King Institute of Preventive Medicine Micro-Biological Section reports 1909-11
Year: 1909
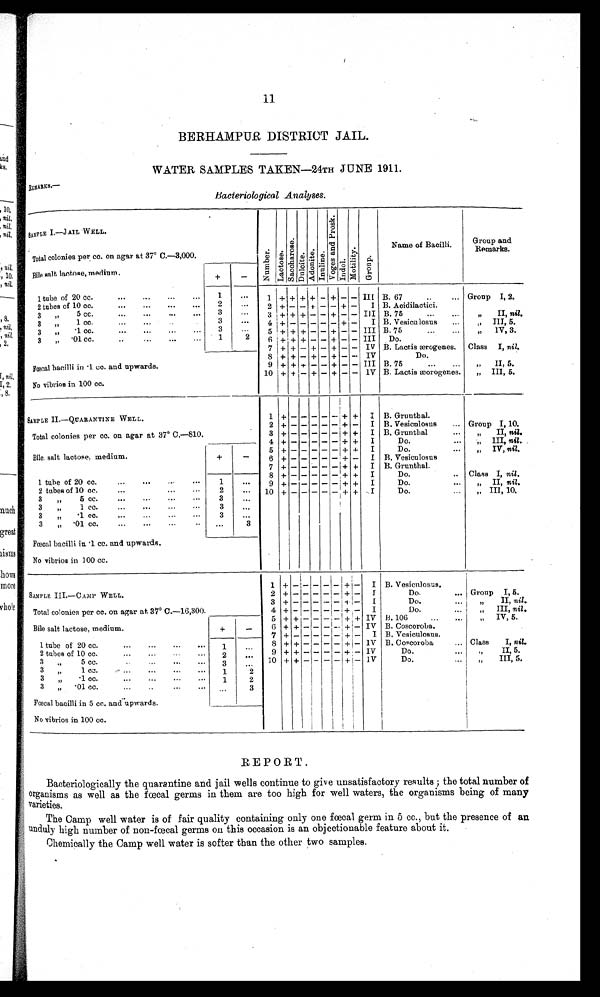
11
BERHAMPUR DISTRICT JAIL.
WATER SAMPLES TAKEN—24TH JUNE 1911.
REMARKS.—
Bacteriological Analyses.
SAMPLE I.—JAIL WELL.
Nu mb e r .
L a c t o a e .
S a c c h a r o s e .
Dul oi t e . Ad o n i t e . I nul i n.
V o g a a n d P r o s k .
I ndol .
Mo d a l i t y .
Gr o u p .
Name of Bacilli.
Group and
Remarks .
Total colonies per cc. on agar at 37° C.—3,000.
Bile salt lactose, medium.
+
-
1 tube of 20 cc.
...
...
...
...
1
. . .
1 + + + + - + - - III B. 67
... Group I, 2.
2 tubes of 10 cc.
...
...
...
...
2
.
2 + -
- + - - + - I B. Acidilactici.
3 „
5 cc.
...
...
...
3
. . .
3 + + + - - + - - III B. 75
... ...
„
II, nil.
3 „ 1 cc.
. . .
...
3
. . .
4 + -
- - - - + - I B. Vesiculosus
...
„
III, 5.
3 „
.1 cc. ... ... ... ...
3
...
5 + + + - - + - - III B. 75
... ...
„
1V, 3.
3 „ .01 cc. .. ... ... ...
1
2
6 ++ + - - + - - III Do.
7 + + - + - + - - IV B. Lactis ærogenes. Class I, nil.
Fœcal bacilli in .1 cc. and upwards.
8 ++ - + - + - - IV
Do.
9 ++ + - - + - - III B. 75
... ...
„
II, 5.
No vibrios in 100 cc.
1 0 + + - + - + - - IV B. Lactis æorogenes.
„ III, 5.
SAMPLE II—QUARANTINE WELL.
1 +
-
- - - - + + I B. Grunthal.
2 + - - - - - + - I B. Vesiculosus
...
Group I, 10.
Total colonies per cc. on agar at 37° C.—810.
3 + - - - - - + + I B. Grunthal
...
„
II, nil.
4 + - - - - - + + I
Do.
...
„
III, nil.
Bile salt lactose, medium.
+
-
5 + - - - - - + + I
Do.
...
„
IV, nil.
6 + - - - - - + - I B. Vesiculosus
1 tube of 20 cc.
...
...
.. ...
1
...
7 + - - - - - + + I B. Grunthal.
8 + - - - - - + +
I
Do.
.. Class I, nil.
9 + - - - - - + +
I
Do.
...
„
II, nil.
2 tubes of 10 cc.
...
...
. ..
2
. . .
1 0 + - - - - - + + I
Do.
...
„
III, 10.
3
„
5 cc. ... ... ... ...
3
...
3
„
1 cc.
...
...
3
...
3
„
. 1 cc. ... ...
3
. . .
3
„ .01 cc. ... ... ... ..
...
3
Fœcal bacilli in .1 cc. and upwards.
No vibrios in 100 cc.
SAMPLE III.—CAMP WELL.
1
+ - -
- - -
+ -
I B. Vesiculosus.
2
+ - -
- - -
+ -
I
Do.
... Group I, 5.
Total colonies per cc. on agar at 37° C.—16,300.
3
+ - -
- - - + -
I
Do.
...
„
II, nil..
4
+ - -
- - -
+ -
I
Do.
...
„
III, nil.
Bile salt lactose, medium.
+
-
5
+ + -
- - -
+ + IV B. 106
...
„
IV, 5.
6
++ -
- - -
+ - IV B. Coscoroba.
1 tube of 20 cc.
... ... ...
1
. . . 7 + - -
- - -
+ -
I B. Vesiculosus.
8 + + -
- - -
+ - IV B. Coscoroba
... Class
I, nil.
2 tubes of 10 cc.
...
...
...
...
2
. . . 9
+ + -
- - -
+ - IV
Do.
...
„
II, 5.
3 ,,
5 cc.
... ... ...
3
. . .
1 0 + + -
- - -
+ - IV
Do.
...
„
III, 5.
3 „
1 cc.
...
...
...
...
1
2
3 „
.1 cc. ...
... ...
1
2
3 „ .01 cc.
..
...
... ...
3
Fœcal bacilli in 5 cc. and upwards.
No vibrios in 100 cc.
REPORT.
Bacteriologically the quarantine and jail wells continue to give unsatisfactory results ; the total number of
organisms as well as the fœcal germs in them are too high for well waters, the organisms being of many
varieties.
The Camp well water is of fair quality containing only one fœcal germ in 5 cc., but the presence of an
unduly high number of non-fœcal germs on this occasion is an objectionable feature about it.
Chemically the Camp well water is softer than the other two samples.